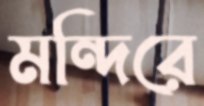
মন্দিরে